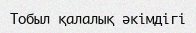
Тобыл қалалық әкімдігі